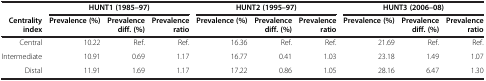
<table><thead><tr><td><b> </b></td><td colspan="3"><b>HUNT1 (1985–97)</b></td><td colspan="3"><b>HUNT2 (1995–97)</b></td><td colspan="3"><b>HUNT3 (2006–08)</b></td></tr><tr><td><b>Centrality index</b></td><td><b>Prevalence (%)</b></td><td><b>Prevalence diff. (%)</b></td><td><b>Prevalence ratio</b></td><td><b>Prevalence (%)</b></td><td><b>Prevalence diff. (%)</b></td><td><b>Prevalence ratio</b></td><td><b>Prevalence (%)</b></td><td><b>Prevalence diff. (%)</b></td><td><b>Prevalence ratio</b></td></tr></thead><tbody><tr><td>Central</td><td>10.22</td><td>Ref.</td><td>Ref.</td><td>16.36</td><td>Ref.</td><td>Ref.</td><td>21.69</td><td>Ref.</td><td>Ref.</td></tr><tr><td>Intermediate</td><td>10.91</td><td>0.69</td><td>1.17</td><td>16.77</td><td>0.41</td><td>1.03</td><td>23.18</td><td>1.49</td><td>1.07</td></tr><tr><td>Distal</td><td>11.91</td><td>1.69</td><td>1.17</td><td>17.22</td><td>0.86</td><td>1.05</td><td>28.16</td><td>6.47</td><td>1.30</td></tr></tbody></table>